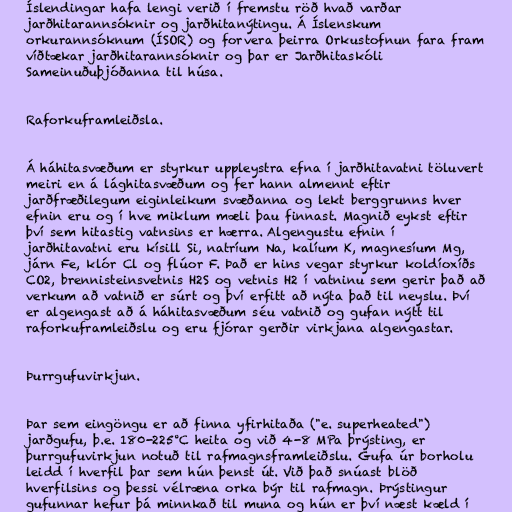
Íslendingar hafa lengi verið í fremstu röð hvað varðar
jarðhitarannsóknir og jarðhitanýtingu. Á Íslenskum
orkurannsóknum (ÍSOR) og forvera þeirra Orkustofnun fara fram
víðtækar jarðhitarannsóknir og þar er Jarðhitaskóli
Sameinuðuþjóðanna til húsa.

Raforkuframleiðsla.

Á háhitasvæðum er styrkur uppleystra efna í jarðhitavatni töluvert
meiri en á lághitasvæðum og fer hann almennt eftir
jarðfræðilegum eiginleikum svæðanna og lekt berggrunns hver
efnin eru og í hve miklum mæli þau finnast. Magnið eykst eftir
því sem hitastig vatnsins er hærra. Algengustu efnin í
jarðhitavatni eru kísill Si, natríum Na, kalíum K, magnesíum Mg,
járn Fe, klór Cl og flúor F. Það er hins vegar styrkur koldíoxíðs
CO2, brennisteinsvetnis H2S og vetnis H2 í vatninu sem gerir það að
verkum að vatnið er súrt og því erfitt að nýta það til neyslu. Því
er algengast að á háhitasvæðum séu vatnið og gufan nýtt til
raforkuframleiðslu og eru fjórar gerðir virkjana algengastar.

Þurrgufuvirkjun.

Þar sem eingöngu er að finna yfirhitaða ("e. superheated")
jarðgufu, þ.e. 180-225°C heita og við 4-8 MPa þrýsting, er
þurrgufuvirkjun notuð til rafmagnsframleiðslu. Gufa úr borholu
leidd í hverfil þar sem hún þenst út. Við það snúast blöð
hverfilsins og þessi vélræna orka býr til rafmagn. Þrýstingur
gufunnar hefur þá minnkað til muna og hún er því næst kæld í